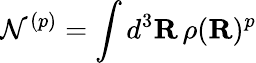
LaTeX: \mathcal{N}^{({p})}=\int d^{3}\mathbf{R}\, \rho(\mathbf{R})^{{p}}